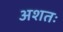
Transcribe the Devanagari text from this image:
अशतः